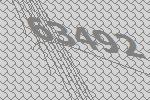
63492